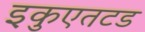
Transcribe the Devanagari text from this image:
इकुएतटड